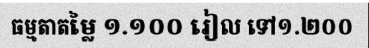
ធម្មតាតម្លៃ ១.១០០ រៀល ទៅ១.២០០